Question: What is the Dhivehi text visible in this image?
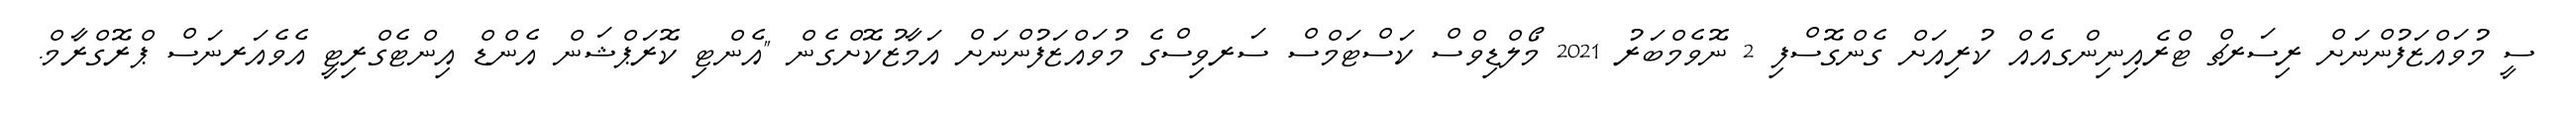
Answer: ސީ މުވައްޒަފުންނަށް ރިސަރޗް ޓްރެއިނިންގއެއް ކުރިއަށް ގެންގޮސްފި 2 ނޮވެމްބަރު 2021 މޯލްޑިވްސް ކަސްޓަމްސް ސަރވިސްގެ މުވައްޒަފުންނަށް އަމާޒުކޮށްގެން "އެންޓި ކޮރަޕްޝަން އެންޑް އިންޓެގްރިޓީ އެވެއަރނަސް ޕްރޮގްރާމް.